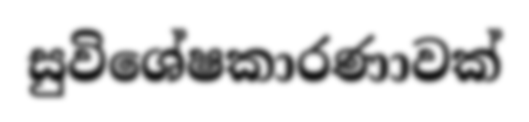
සුවිශේෂකාරණාවක්